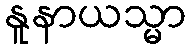
နူနာယသ္မာ